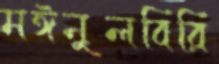
মঈনুলবিরি